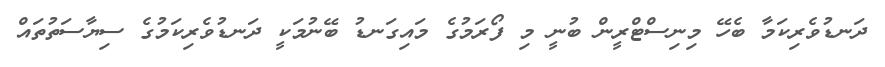
ދަނޑުވެރިކަމާ ބެހޭ މިނިސްޓްރީން ބުނީ މި ފޯރަމުގެ މައިގަނޑު ބޭނުމަކީ ދަނޑުވެރިކަމުގެ ސިޔާސަތުތައް